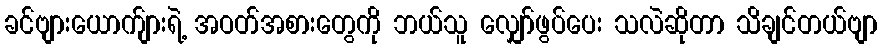
ခင်ဗျားယောက်ျားရဲ့ အဝတ်အစားတွေကို ဘယ်သူ လျှော်ဖွပ်ပေး သလဲဆိုတာ သိချင်တယ်ဗျာ